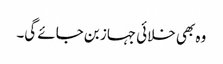
وہ بھی خلائی جہاز بن جائے گی۔